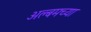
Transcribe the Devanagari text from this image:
अल्बमच्या